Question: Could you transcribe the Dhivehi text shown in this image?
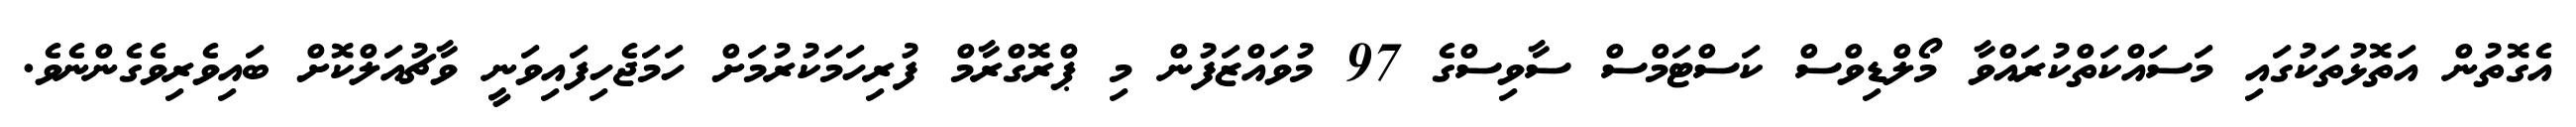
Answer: އެގޮތުން އަތޮޅުތަކުގައި މަސައްކަތްކުރައްވާ މޯލްޑިވްސް ކަސްޓަމްސް ސާވިސްގެ 97 މުވައްޒަފުން މި ޕްރޮގްރާމް ފުރިހަމަކުރުމަށް ހަމަޖެހިފައިވަނީ ވާޗުއަލްކޮށް ބައިވެރިވެގެންނެވެ.